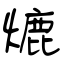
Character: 熝